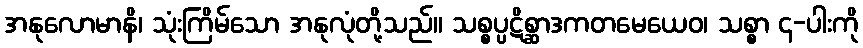
အနုလောမာနိ၊ သုံးကြိမ်သော အနုလုံတို့သည်။ သစ္စပ္ပဋိစ္ဆာဒကတမေယေဝ၊ သစ္စာ ၄-ပါးကို